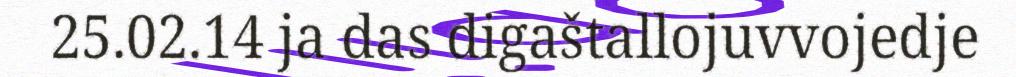
25.02.14 ja das digaštallojuvvojedje